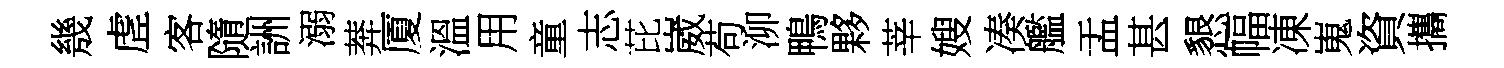
㡬虗客隨詶溺莾厦溫用童志芘崴苟泖鴨夥莘嫂凑艦盂甚懇幅凍嵬資攜